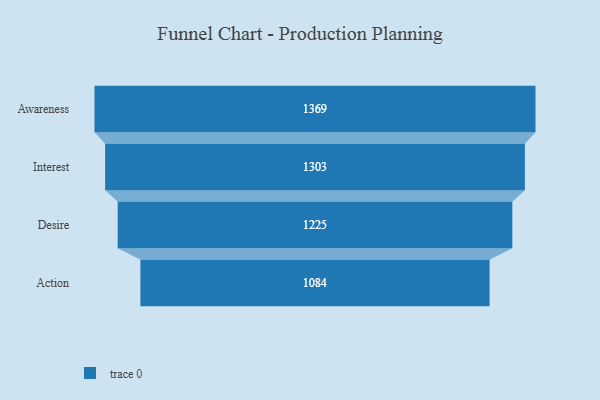
{"axis": {"x": "Stage", "y": "Value"}, "legend": [""], "data": [{"x": "Awareness", "y": 1369.0, "type": ""}, {"x": "Interest", "y": 1303.0, "type": ""}, {"x": "Desire", "y": 1225.0, "type": ""}, {"x": "Action", "y": 1084.0, "type": ""}]}